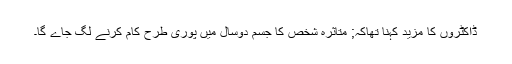
ڈاکٹروں کا مزید کہنا تھاکہ; متاثرہ شخص کا جسم دوسال میں پوری طرح کام کرنے لگ جاے گا۔